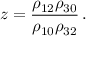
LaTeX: z = \frac { \rho _ { 1 2 } \rho _ { 3 0 } } { \rho _ { 1 0 } \rho _ { 3 2 } } \, .